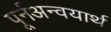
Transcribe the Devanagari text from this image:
पूर्नअन्वयार्थ